Annual report of the Central Committee of the Association together with the report of the directors of the Pasteur Institute at Kasauli
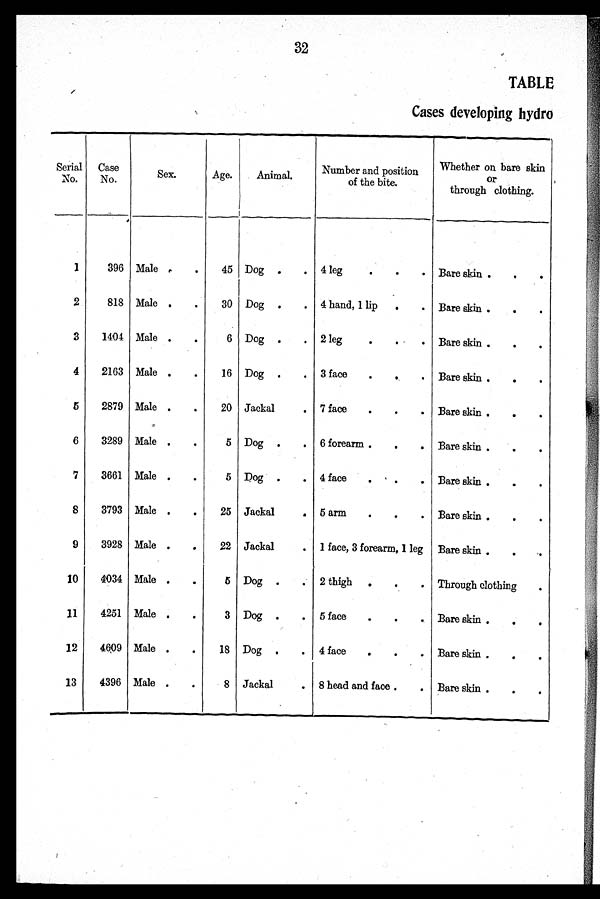
32
TABLE
Cases developing hydro
Serial
No.
Case
No.
Sex.
Age.
Animal.
Number and position
of the bite.
Whether on bare skin
or
through clothing.
1
396 Male
45 Dog
4 leg
Bare skin
2
818 Male
30 Dog
4 hand, 1 lip
Bare skin
3
1404 Male
6 Dog
2 leg
Bare skin
4
2163 Male
16 Dog
3 face
Bare skin
5
2879 Male
20 Jackal
7 face
Bare skin
6
3289 Male
5 Dog
6 forearm
Bare skin
7
3661 Male
5 Dog
4 face
Bare skin
8
3793 Male
25 Jackal
5 arm
Bare skin
9
3928 Male
22 Jackal
1 face, 3 forearm, 1 leg Bare skin
10
4034 Male
5 Dog
2 thigh
Through clothing
11
4251 Male
3 Dog
5 face
Bare skin
12
4609 Male
18 Dog
4 face
Bare skin
13
4396 Male
8 Jackal
8 head and face
Bare skin